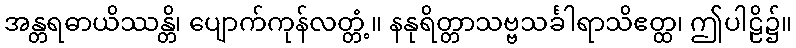
အန္တရဓာယိဿန္တိ၊ ပျောက်ကုန်လတ္တံ့။ နနုရိတ္တာသဗ္ဗသင်္ခါရာသိဧတ္ထ၊ ဤပါဠိ၌။